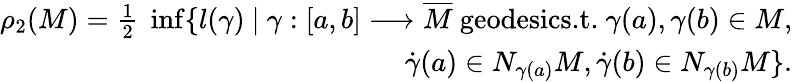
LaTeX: \begin{array}{r}{\rho_{2}(M)=\frac{1}{2}\ \operatorname*{inf}\{ l(\gamma)\ |\ \gamma:[a,b]\longrightarrow\overline{{M}}\ \textrm{geodesics.t.}\ \gamma(a),\gamma(b)\in M,}\\ {\dot{\gamma}(a)\in N_{\gamma(a)}M,\dot{\gamma}(b)\in N_{\gamma(b)}M\} .}\end{array}